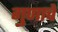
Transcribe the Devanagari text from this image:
गुणाचें